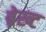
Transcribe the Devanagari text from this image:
ब्रेख्ट